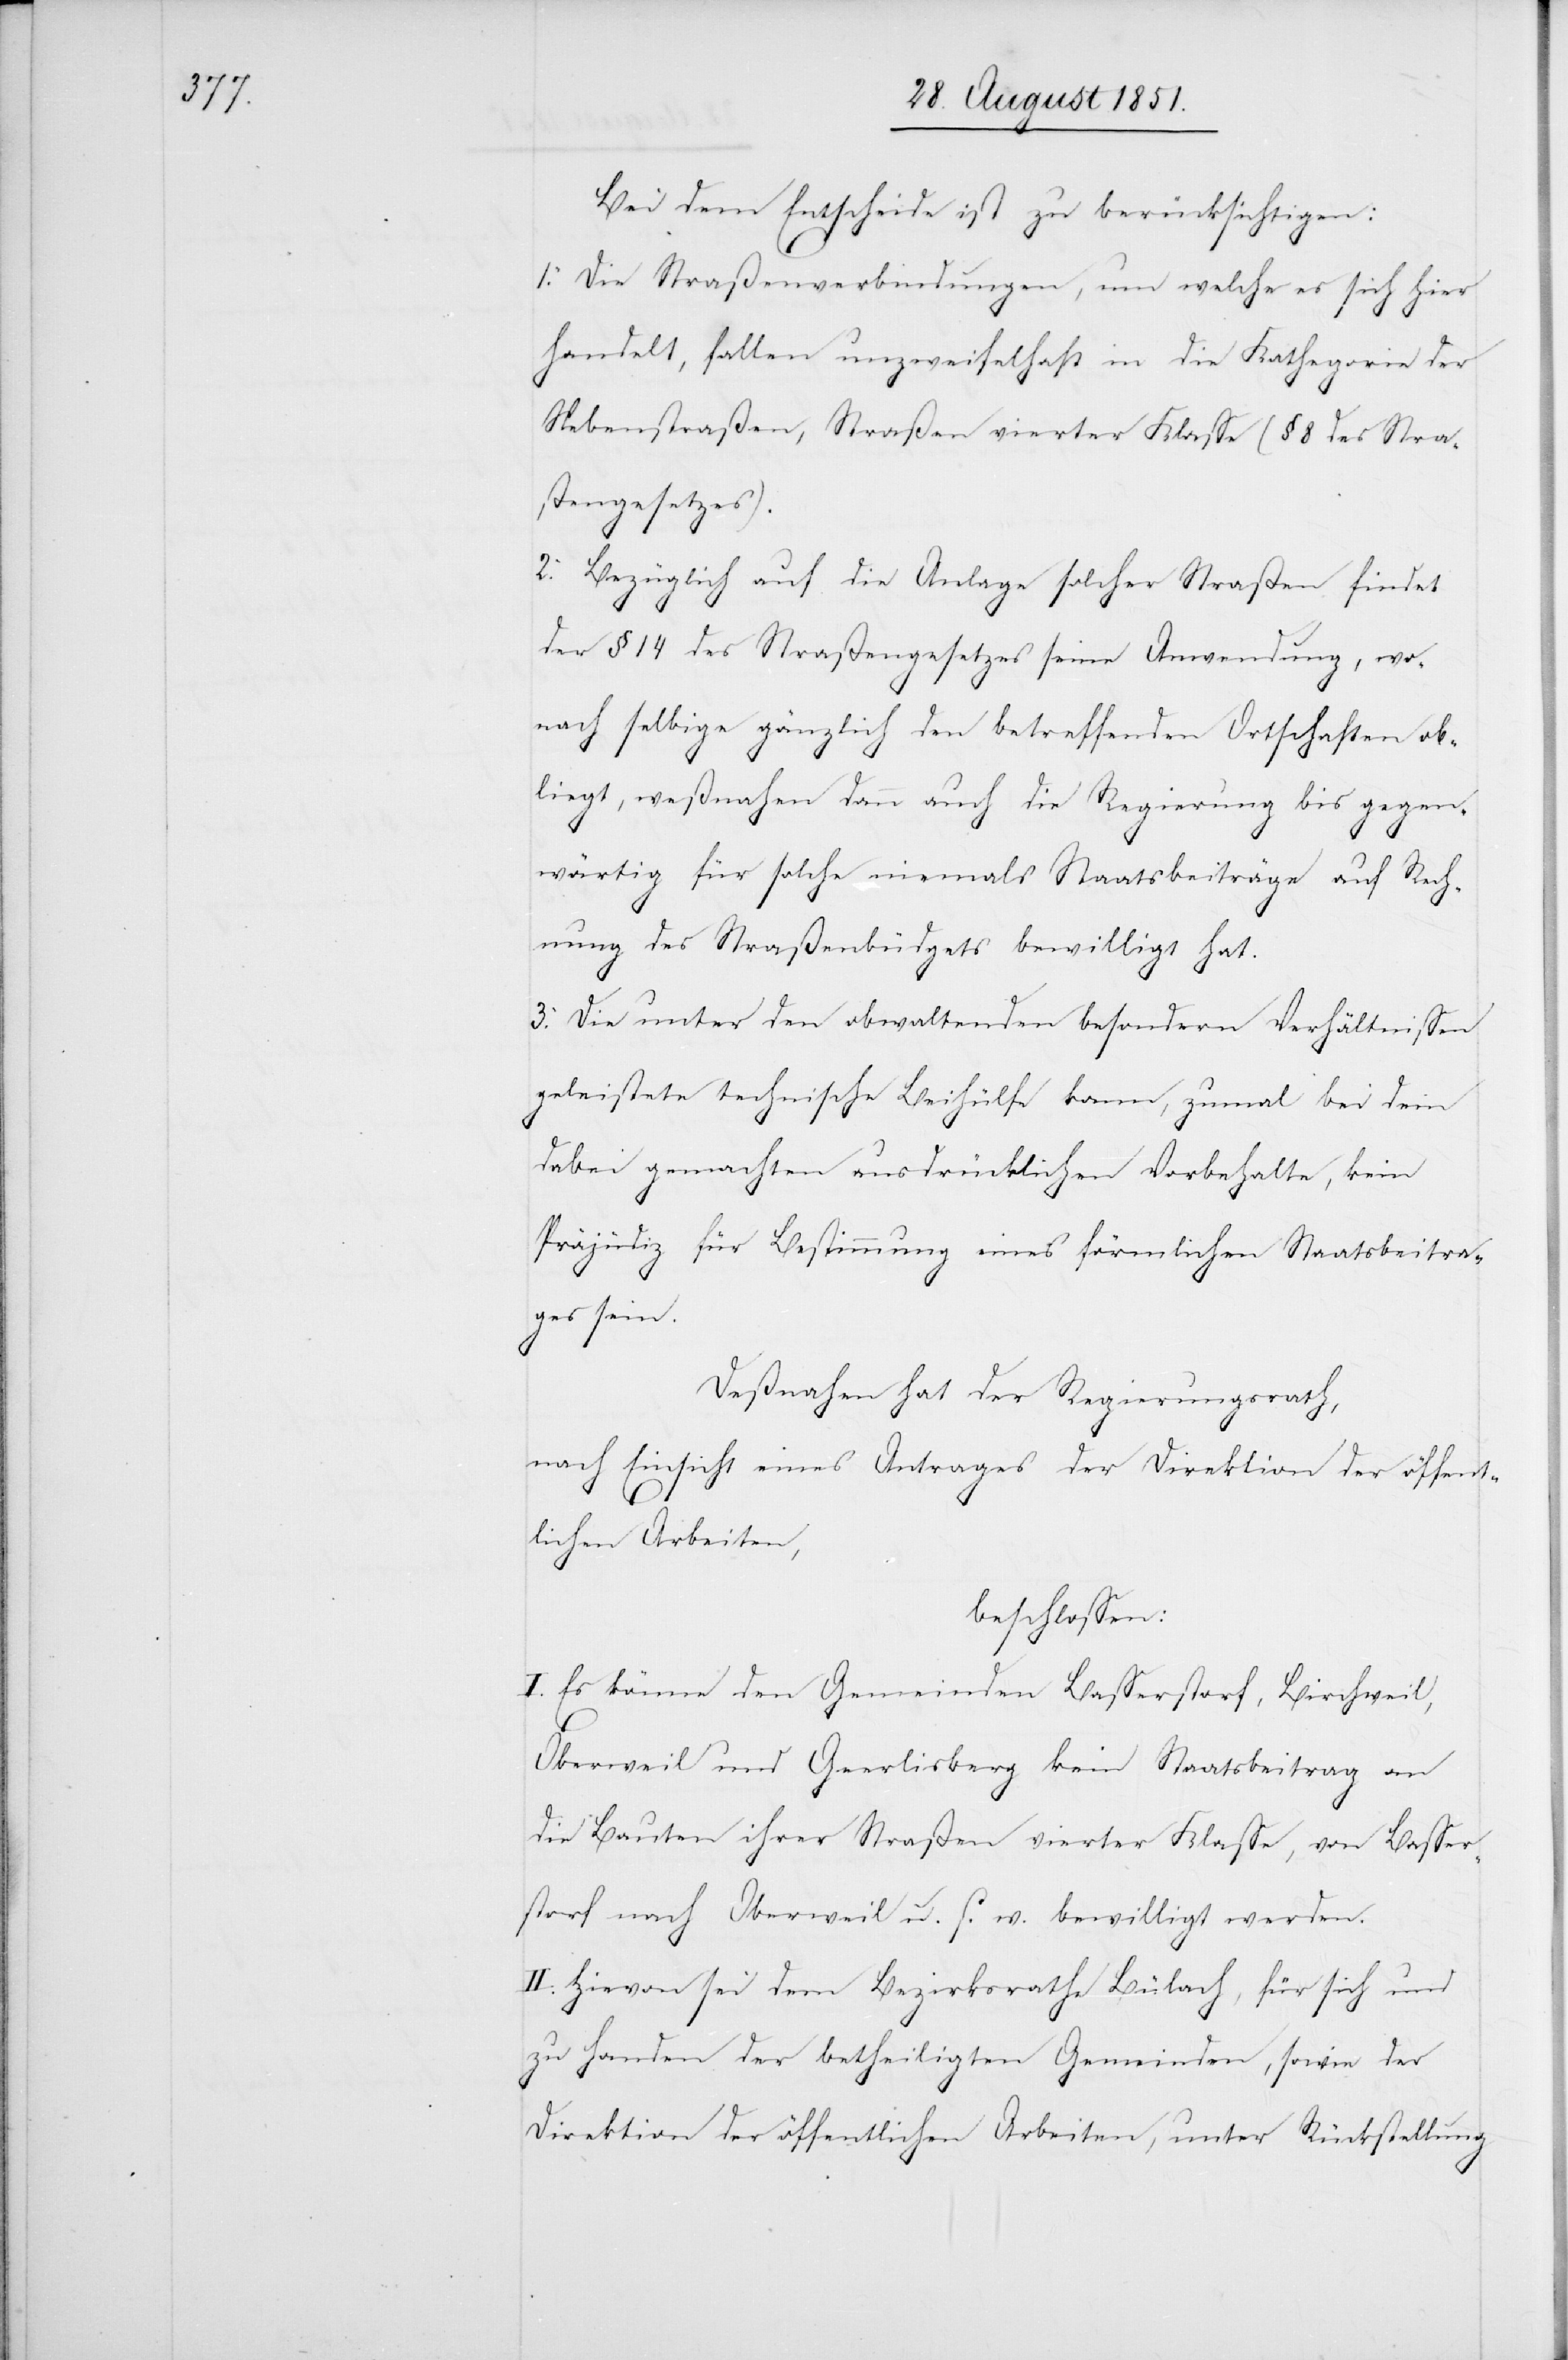
Bei dem Entscheide ist zu berücksichtigen:
1. Die Straßenverbindungen, um welche es sich hier
handelt, fallen unzweifelhaft in die Kathegorie der
Nebenstraßen, Straßen vierter Klasse (§ 8 des Stra¬
ßengesetzes).
2. Bezüglich auf die Anlage solcher Straßen findet
der § 14 des Straßengesetzes seine Anwendung, wo¬
nach selbige gänzlich den betreffenden Ortschaften ob¬
liegt, weßnahen dann auch die Regierung bis gegen¬
wärtig für solche niemals Staatsbeiträge auf Rech¬
nung des Straßenbüdgets bewilligt hat.
3. Die unter den obwaltenden besondern Verhältnissen
geleistete technische Beihülfe kann, zumal bei dem
dabei gemachten ausdrücklichen Vorbehalte, kein
Präjüdiz für Bestimmung eines förmlichen Staatsbeitra¬
ges sein.
Deßnahen hat der Regierungsrath,
nach Einsicht eines Antrages der Direktion der öffent¬
lichen Arbeiten,
beschlossen:
I. Es könne den Gemeinden Basserstorf, Birchweil,
Oberweil und Geerlisberg kein Staatsbeitrag an
die Bauten ihrer Straßen vierter Klasse, von Basser¬
storf nach Oberweil u. s. w. bewilligt werden.
II. Hievon sei dem Bezirksrathe Bülach, für sich und
zu Handen der betheiligten Gemeinden, sowie der
Direktion der öffentlichen Arbeiten, unter Rückstellung